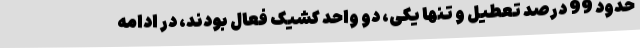
حدود 99 درصد تعطیل و تنها یکی، دو واحد کشیک فعال بودند، در ادامه